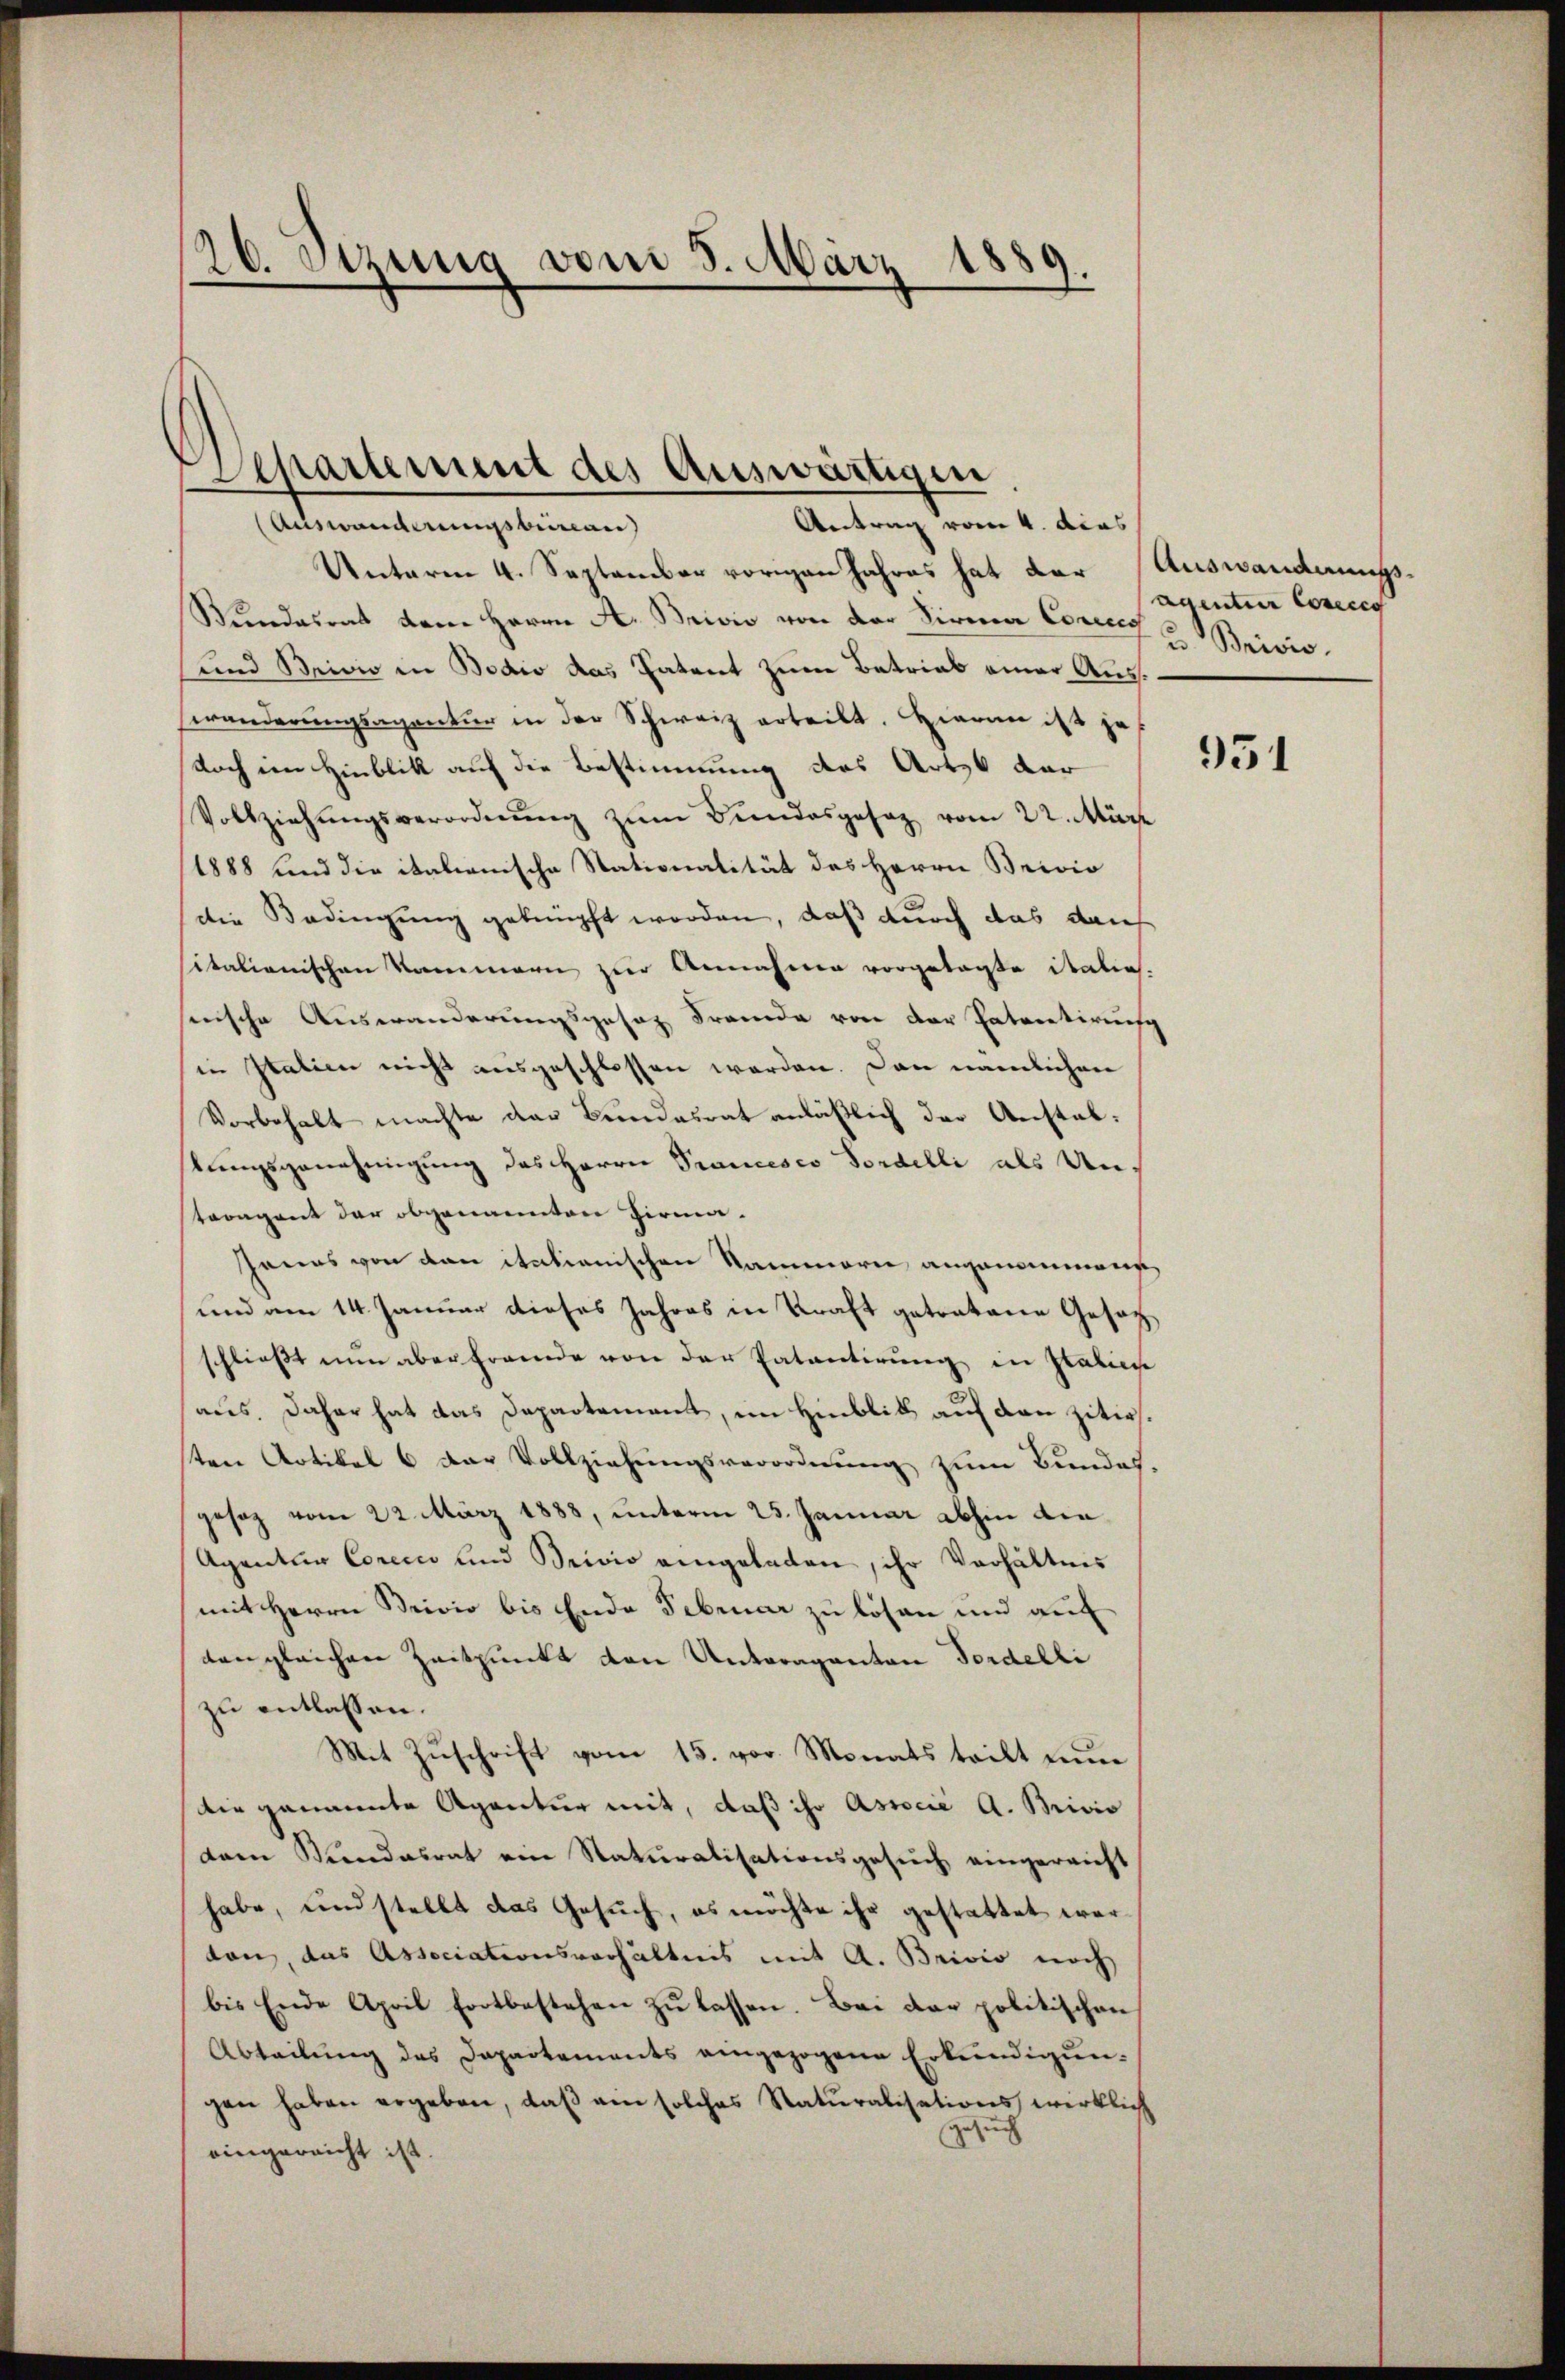
26. Stzung vom 5. März 1889.

Departement des Auswärtigen
Antrag vom 4. dies
Auswanderungsbeinau)

Unterm 4. September vorigen Jahres hat der Auswanderungs¬
Wundesrat dem Herrn A. Brivio von der Firma Concez u. Brivis
und Bricio in Bodio das Patent zum Betrieb einer Auswänderungsagentur in der Schweiz erteilt. Hieran ist je
Noch im Hinblik auf die Bestimmung des Art der
Vollziehŭngsverordnŭng zŭm Bundesgesaz vom 22. März
1888 und die italienische Stationalität des Herrn Brivio
(die Bedingung geknüpft worden, daß durch das dans
sitationischen Kammern zur Annahme vorgetagte italie-
nische Auswanderungsgesaz Fremde von der Patentirung
in Italien nicht ausgeschlossen werden. Dann nämlichen
Vorbehalt machte der Bundesrat anläßlich der Anstalstungsgenehmigung des Herrn Prancesco Fordelli als Unsteragent der obgenannten Zirma¬
Jenas von den italienischen Nammern angenommene
und am 14. Januar dieses Jahres in Kraft getretene Geset
schließt nun aber fremde von der Patentirung in Italien
aus. Daher hat das Departement, im Hinblik auf den zitirs.
ten Artikel 6 der Vollziehungsverordnung zum Bundes-
gesez vom 22. März 1888, unterm 25. Januar abhin die
Agentur Corccco und Brivio eingeladen, ihr Verhältnis
mit Herrn Brivio bis Ende Februar zu lösen und auf
dengleichen Zeitpunkt den Unteraganten Fordelli
zu entlassen.
Mit Zŭschrift vom 15. vor. Monats teilt eine
Die genannte Agentur mit, daß ihr Associé A. Brivio
dam Kindesrat ein Naturalisationsgesŭch eingereicht
habe, und stellt das Gesuch, es möchte ihr gestattet werdon, das Associationsverhältnis mit A. Brivio noch
bis Ende April fortbestehen zŭ lassen. Bei der politischen
Abteilŭng des Dapartements eingezogene Erkundigungen haben ergeben, daß ein solches Naturalisationswirklich
Gesuch
eingereicht ist.

aventier Conces

951